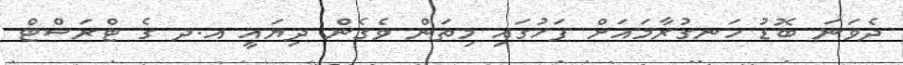
ދެވަނަ ބޮޑު ހަނގުރާމައަށް ފަހުގައި މިތަން ވެގެން ދިޔައީ އ.ދ ގެ ޓްރަސްޓް